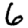
Digit: 6